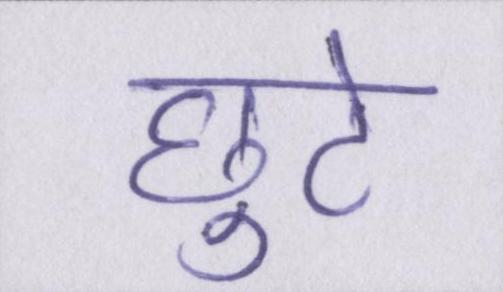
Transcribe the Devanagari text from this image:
छुटे